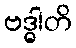
ဗဒ္ဓါတိ